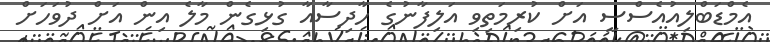
އެމްޑަބްލިއުއެސްސީ އަށް ކުރިމަތިވި އަލިފާނުގެ ހާދިސާއާ ގުޅިގެން މާލެ އިން އަށް ދުވަހަށް